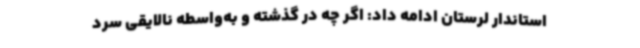
استاندار لرستان ادامه داد: اگر چه در گذشته و به‌واسطه نالایقی سرد